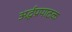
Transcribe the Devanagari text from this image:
अर्द्धप्रपाठक